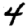
Digit: 4